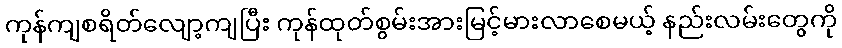
ကုန်ကျစရိတ်လျော့ကျပြီး ကုန်ထုတ်စွမ်းအားမြင့်မားလာစေမယ့် နည်းလမ်းတွေကို